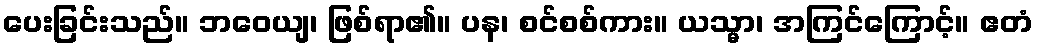
ပေးခြင်းသည်။ ဘဝေယျ၊ ဖြစ်ရာ၏။ ပန၊ စင်စစ်ကား။ ယသ္မာ၊ အကြင်ကြောင့်။ ဧတံ